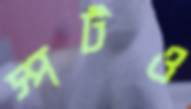
স্পটও